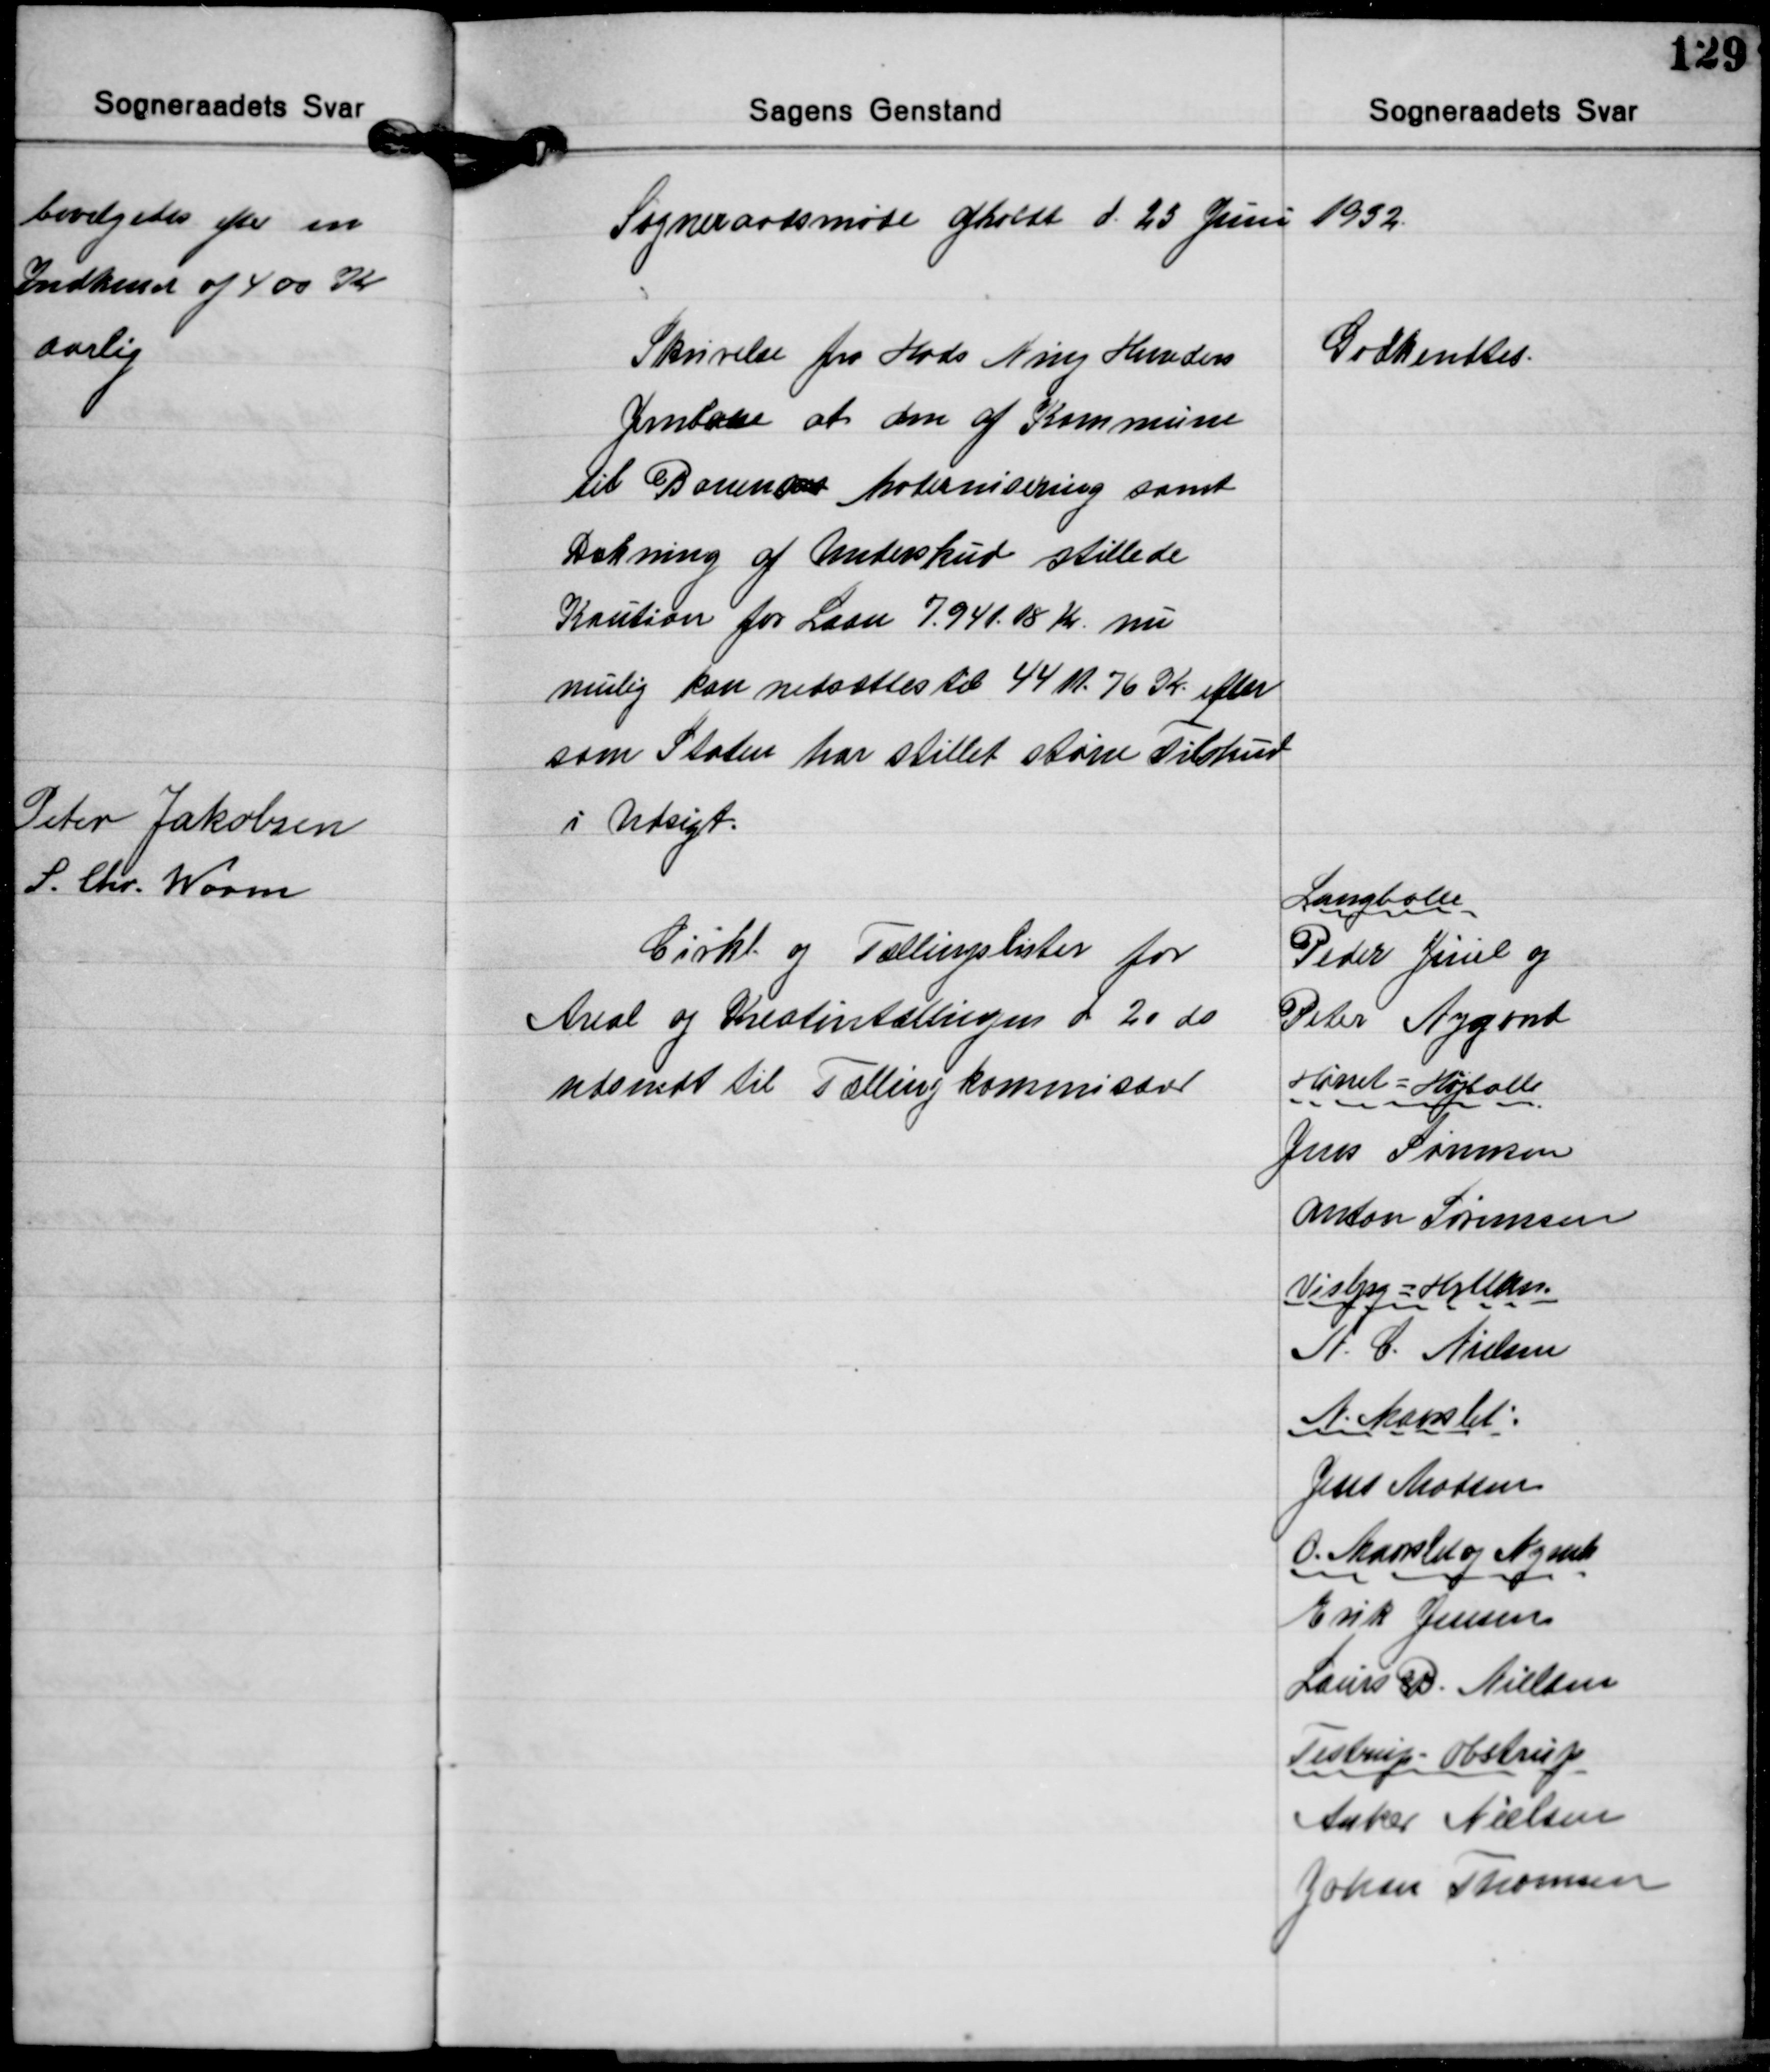
Transskription:
Sogneraadsmøde aholdt d. 25 Juni 1932

Skrivelse fra Hads Ning Herreders
Jernbane at den af Kommune
til Banens Modernisering samt
Dækning af Underskud stillede
Kaution for Laan 7.941.18 Kr nu
mulig kan nedsættes til 4.411.76 Kr efter
som Staten har stillet større Tilskud
i Udsigt.

Godkendtes.

Cirkl. og Tællingslister for
Areal og Kreaturtællingen d 20 ds.
udsedt til Tællingkommisærer

Langballe
Peder Juul og
Peter Nygaard
Hørret - Højballe
Jens Sørensen
Anton Sørensen
Visbjerg - Hylken
A. C. Nielsen
N. Maarslet:
Jens Madsen
O. Maarslet og Nymk.
Erik Jensen
Laurs B. Nielsen
Testrup - Obstrup
Anker Nielsen
Johan Thomsen